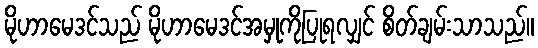
မိုဟာမေဒင်သည် မိုဟာမေဒင်အမှုကိုပြုရလျှင် စိတ်ချမ်းသာသည်။